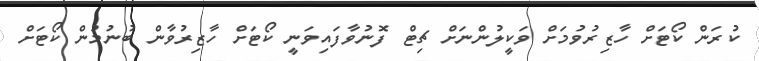
ކުރަން ކޯޓަށް ހާޒިރުވުމަށް ވަކީލުންނަށް ޗިޓް ފޮނުވާފައިވަނީ ކޯޓަށް ހާޒިރުވާން ބުނުމުން ކޯޓަށް